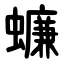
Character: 蠊